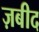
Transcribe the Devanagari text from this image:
ज़बीद